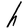
Character: h